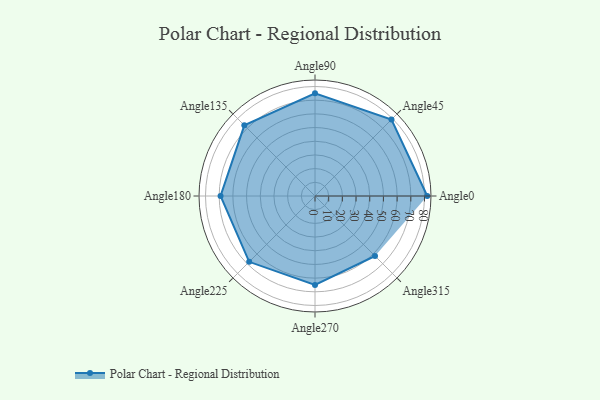
{"axis": {"x": "Angle", "y": "Radius"}, "legend": [""], "data": [{"x": "Angle0", "y": 82.0, "type": ""}, {"x": "Angle45", "y": 79.0, "type": ""}, {"x": "Angle90", "y": 75.0, "type": ""}, {"x": "Angle135", "y": 73.0, "type": ""}, {"x": "Angle180", "y": 69.0, "type": ""}, {"x": "Angle225", "y": 68.0, "type": ""}, {"x": "Angle270", "y": 65.0, "type": ""}, {"x": "Angle315", "y": 62.0, "type": ""}]}